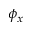
\phi _ { x }